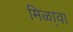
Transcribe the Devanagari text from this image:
मिळा्वा